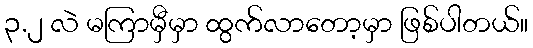
၃.၂ လဲ မကြာမှီမှာ ထွက်လာတော့မှာ ဖြစ်ပါတယ်။